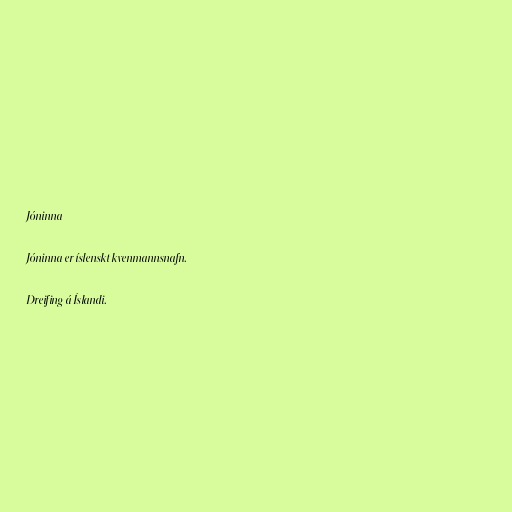
Jóninna

Jóninna er íslenskt kvenmannsnafn.

Dreifing á Íslandi.